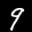
Label: 9